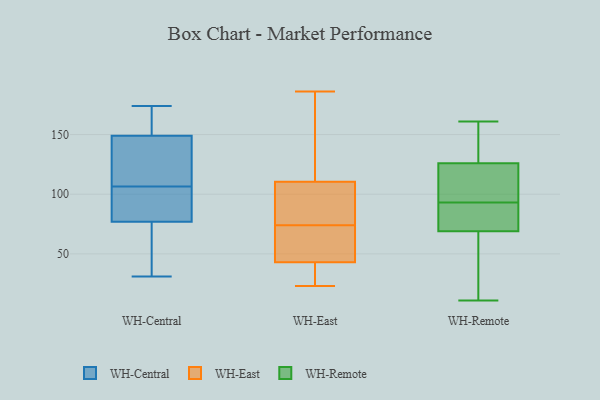
{"axis": {"x": "Latency (ms)", "y": "Value"}, "legend": ["WH-Central", "WH-East", "WH-Remote"], "data": [{"x": "", "y": 83, "type": "WH-Central"}, {"x": "", "y": 64, "type": "WH-Central"}, {"x": "", "y": 113, "type": "WH-Central"}, {"x": "", "y": 114, "type": "WH-Central"}, {"x": "", "y": 85, "type": "WH-Central"}, {"x": "", "y": 100, "type": "WH-Central"}, {"x": "", "y": 167, "type": "WH-Central"}, {"x": "", "y": 149, "type": "WH-Central"}, {"x": "", "y": 174, "type": "WH-Central"}, {"x": "", "y": 77, "type": "WH-Central"}, {"x": "", "y": 155, "type": "WH-Central"}, {"x": "", "y": 31, "type": "WH-Central"}, {"x": "", "y": 55, "type": "WH-Central"}, {"x": "", "y": 125, "type": "WH-Central"}, {"x": "", "y": 186, "type": "WH-East"}, {"x": "", "y": 84, "type": "WH-East"}, {"x": "", "y": 98, "type": "WH-East"}, {"x": "", "y": 43, "type": "WH-East"}, {"x": "", "y": 153, "type": "WH-East"}, {"x": "", "y": 26, "type": "WH-East"}, {"x": "", "y": 23, "type": "WH-East"}, {"x": "", "y": 76, "type": "WH-East"}, {"x": "", "y": 52, "type": "WH-East"}, {"x": "", "y": 170, "type": "WH-East"}, {"x": "", "y": 45, "type": "WH-East"}, {"x": "", "y": 95, "type": "WH-East"}, {"x": "", "y": 43, "type": "WH-East"}, {"x": "", "y": 72, "type": "WH-East"}, {"x": "", "y": 31, "type": "WH-East"}, {"x": "", "y": 123, "type": "WH-East"}, {"x": "", "y": 86, "type": "WH-Remote"}, {"x": "", "y": 126, "type": "WH-Remote"}, {"x": "", "y": 132, "type": "WH-Remote"}, {"x": "", "y": 11, "type": "WH-Remote"}, {"x": "", "y": 119, "type": "WH-Remote"}, {"x": "", "y": 69, "type": "WH-Remote"}, {"x": "", "y": 83, "type": "WH-Remote"}, {"x": "", "y": 65, "type": "WH-Remote"}, {"x": "", "y": 100, "type": "WH-Remote"}, {"x": "", "y": 161, "type": "WH-Remote"}]}